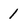
Character: l